Leaving Certificate Examination (including Day School Certificate (Higher) General paper), 1927
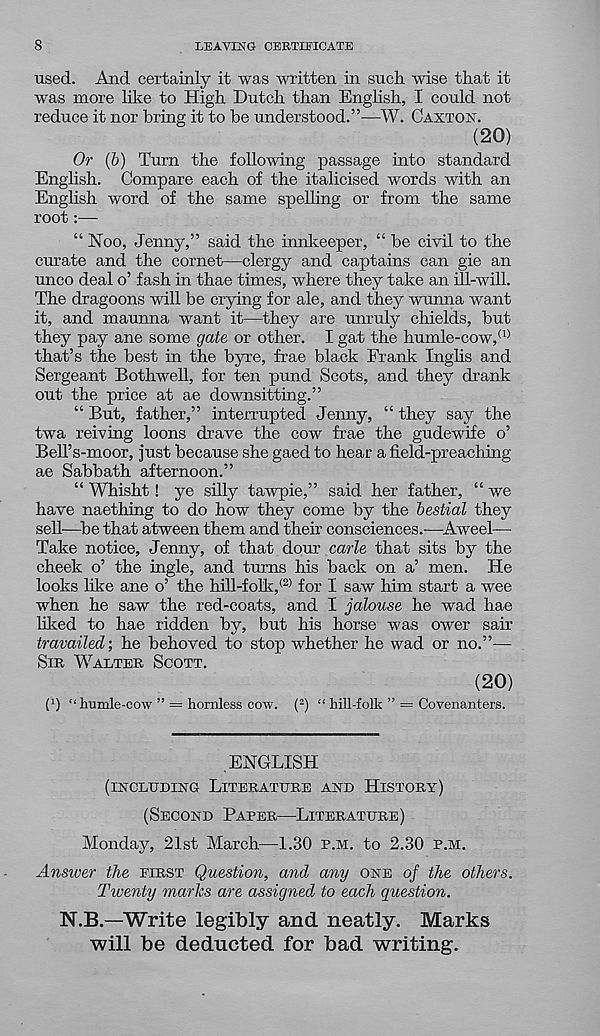
8
LEAVING CERTIFICATE
used. And certainly it was written in such, wise that it
was more hire to High Dutch than English, I could not
reduce it nor bring it to be understood.”—W. CAXTON.
(20)
Or (b) Turn the following passage into standard
English. Compare each of the italicised words with an
English word of the same spelling or from the same
root:—
“ Hoc, Jenny,” said the innkeeper, “ be civil to the
curate and the cornet—clergy and captains can gie an
unco deal o’ fash in thae times, where they take an ill-will.
The dragoons will be crying for ale, and they wunna want
it, and maunna want it—they are unruly chields, but
they pay ane some gate or other. I gat the humle-cow, (1)
that’s the best in the byre, frae black Frank Inglis and
Sergeant Bothwell, for ten pund Scots, and they drank
out the price at ae downsitting.”
“But, father,” interrupted Jenny, “they say the
twa reiving loons drave the cow frae the gudewife o’
Bell’s-moor, just because she gaedto hear afield-preaching
ae Sabbath afternoon.”
“ Whisht! ye silly tawpie,” said her father, “ we
have naething to do how they come by the bestial they
sell-—be that atween them and then consciences.—Aweel—
Take notice, Jenny, of that dour carle that sits by the
cheek o’ the ingle, and turns his back on a’ men. He
looks like ane o’ the hill-folk, (2) for I saw him start a wee
when he saw the red-coats, and I jalouse he wad hae
liked to hae ridden by, but his horse was ower sair
travailed-, he behoved to stop whether he wad or no.”-—
SIE WALTER SCOTT.
(20)
(b “ humle-cow ” = hornless cow. ( 2 ) “ hill-folk ” = Covenanters.
ENGLISH
(INCLUDING LITERATURE AND HISTORY)
(SECOND PAPER—LITERATURE)
Monday, 21st March—1.30 P.M. to 2.30 P.M.
Answer the EIRST Question, and any ONE of the others.
Twenty marks are assigned to each question.
N.B.—Write legibly and neatly. Marks
will be deducted for bad writing.